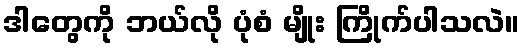
ဒါတွေကို ဘယ်လို ပုံစံ မျိုး ကြိုက်ပါသလဲ။